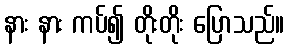
နား နား ကပ်၍ တိုးတိုး ပြောသည်။